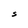
Character: S